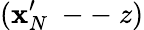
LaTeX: (\mathbf{x}_{N}^{\prime}\mathrm{{~--~}}z)